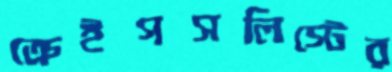
ক্রেইগসলিস্টের